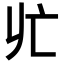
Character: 𪜡